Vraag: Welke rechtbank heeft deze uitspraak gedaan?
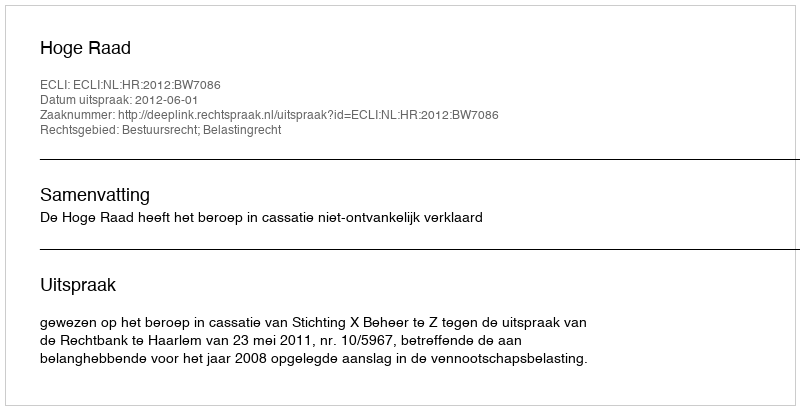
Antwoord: Hoge Raad